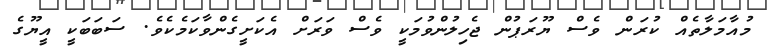
މުއާމަލާތެއް ކުރަން ވެސް ޔޫރަޕުން ޖެހިލުންވުމަކީ ވެސް ވަރަށް އެކަށީގެންވާކަމެކެވެ. ސަބަބަކީ އީޔޫގެ